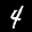
Label: 4